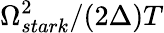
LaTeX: \Omega_{stark}^{2}/(2\Delta)T